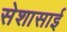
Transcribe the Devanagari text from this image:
सेशासाई